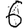
Digit: 6